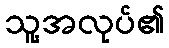
သူ့အလုပ်၏